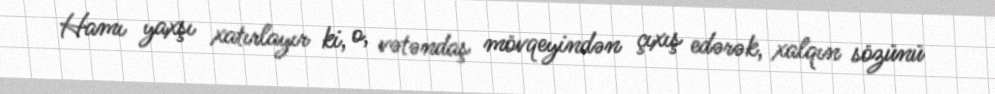
Hamı yaxşı xatırlayır ki, o, vətəndaş mövqeyindən çıxış edərək, xalqın sözünü